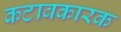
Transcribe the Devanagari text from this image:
कटावकारक